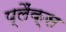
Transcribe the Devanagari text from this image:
प्लैंक्स